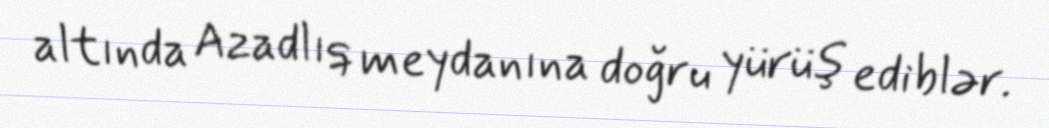
altında Azadlıq meydanına doğru yürüş ediblər.